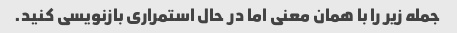
جمله زیر را با همان معنی اما در حال استمراری بازنویسی کنید.